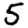
Digit: 5